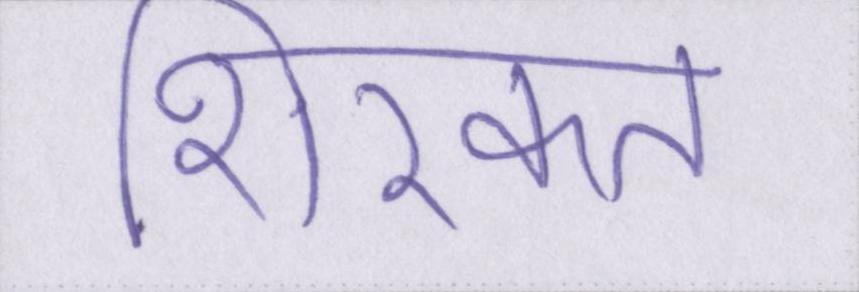
शिरकत